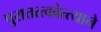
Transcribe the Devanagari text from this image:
पुरातत्त्ववेत्त्याने